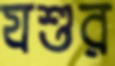
যশুর